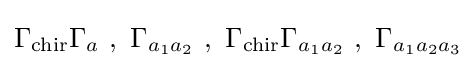
\Gamma _{\text{chir}}\Gamma _{a}~,~\Gamma _{a_{1}a_{2}}~,~\Gamma _{\text{chir}}\Gamma _{a_{1}a_{2}}~,~\Gamma _{a_{1}a_{2}a_{3}}